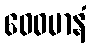
ဝေဓမာနံ